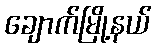
ချောက်မြို့နယ်